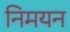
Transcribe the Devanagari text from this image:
निमयन